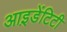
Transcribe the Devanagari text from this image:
आइ़डेंटिटी